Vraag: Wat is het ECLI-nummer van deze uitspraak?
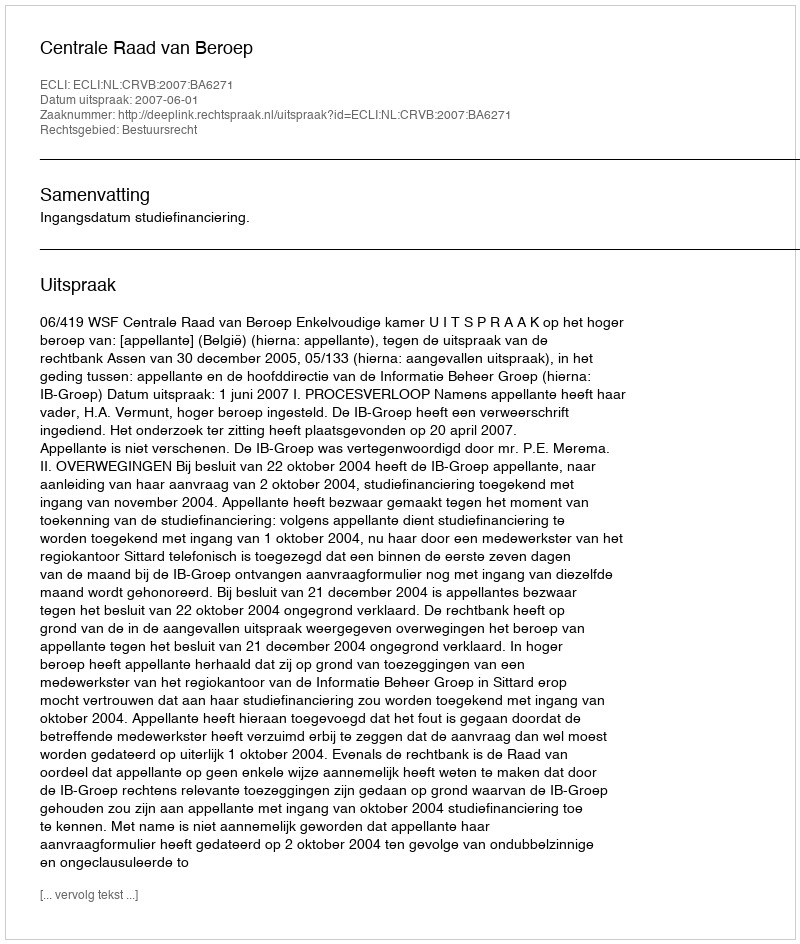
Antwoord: ECLI:NL:CRVB:2007:BA6271